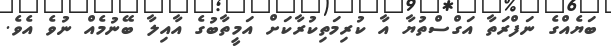
ބަޔެއްގެ ނަފްރަތާ އަގްސްތުޔާ އާ ކުރިމަތިކުރާކަށް އަމީތާބުގެ އާއިލާ ބޭނުމެއް ނުވެ އެވެ.